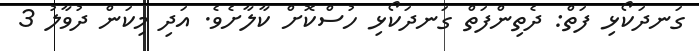
ގަނދަކޯޅި ފަތް: ދެތިންފަތް ގަނދަކޯޅި ހުސްކޮށް ކާލާށެވެ. އަދި މިކަން ދުވާލު 3